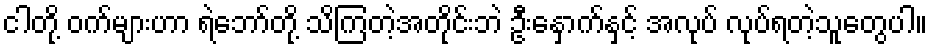
ငါတို့ ဝက်များဟာ ရဲဘော်တို့ သိကြတဲ့အတိုင်းဘဲ ဦးနှောက်နှင့် အလုပ် လုပ်ရတဲ့သူတွေပါ။